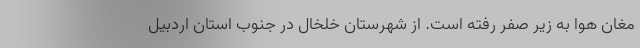
مغان هوا به زیر صفر رفته است. از شهرستان خلخال در جنوب استان اردبیل